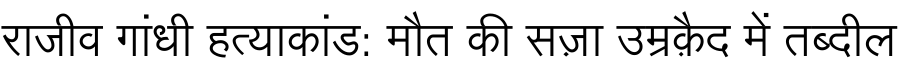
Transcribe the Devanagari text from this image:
राजीव गांधी हत्याकांड: मौत की सज़ा उम्रक़ैद में तब्दील